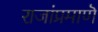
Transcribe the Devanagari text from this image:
राजांप्रमाणॆ